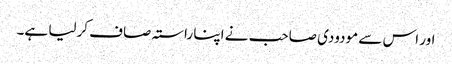
اور اس سے مودودی صاحب نے اپنا راستہ صاف کرلیا ہے۔